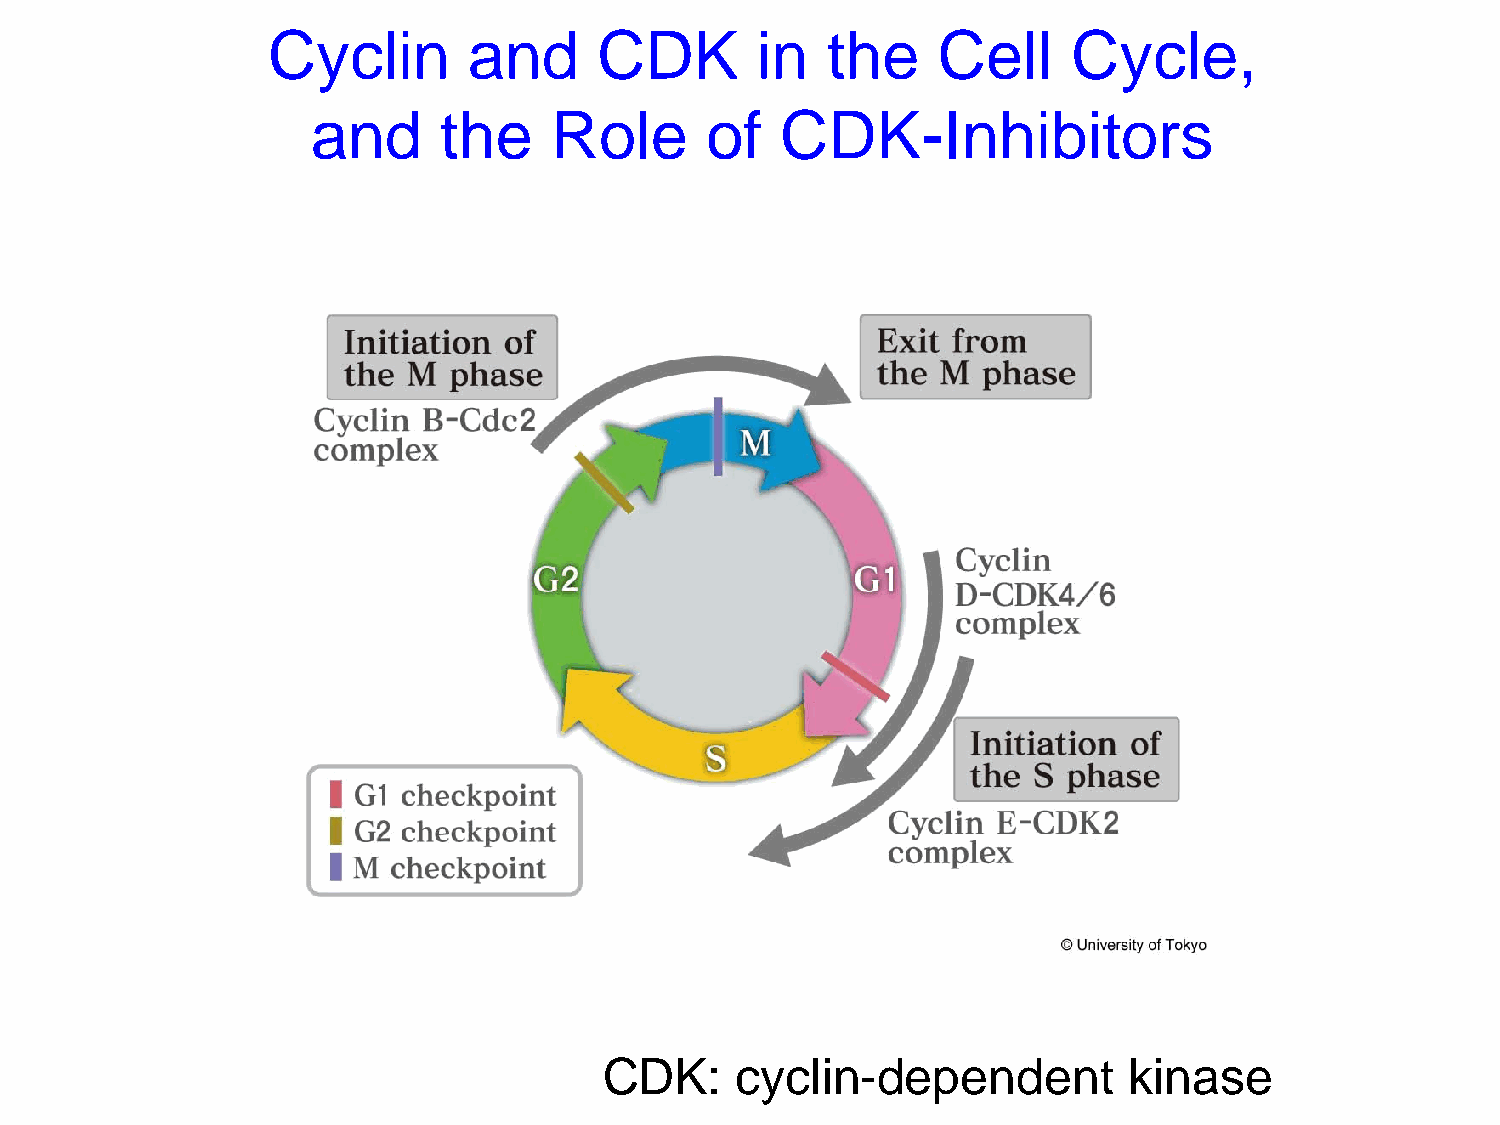
Cyclin       and      CDK       in   the    Cell     Cycle,
 and     the    Role       of   CDK-Inhibitors
 CDK:     cyclin-dependent          kinase